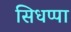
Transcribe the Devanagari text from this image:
सिधप्पा